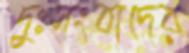
দুঃসংবাদের